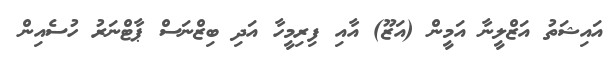
އައިޝަތު އަޒްލީނާ އަމީން (އަޒޫ) އާއި ފިރިމީހާ އަދި ބިޒްނަސް ޕާޓްނަރު ހުސެއިން